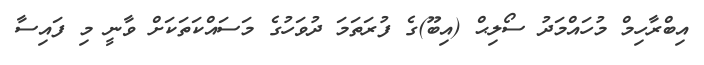
އިބްރާހިމް މުހައްމަދު ސޯލިޙް (އިބޫ)ގެ ފުރަތަމަ ދުވަހުގެ މަސައްކަތަކަށް ވާނީ މި ފައިސާ